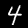
Label: 4